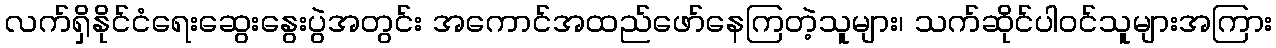
လက်ရှိနိုင်ငံရေးဆွေးနွေးပွဲအတွင်း အကောင်အထည်ဖော်နေကြတဲ့သူများ၊ သက်ဆိုင်ပါဝင်သူများအကြား